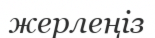
жерлеңіз